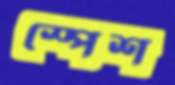
স্পেশ